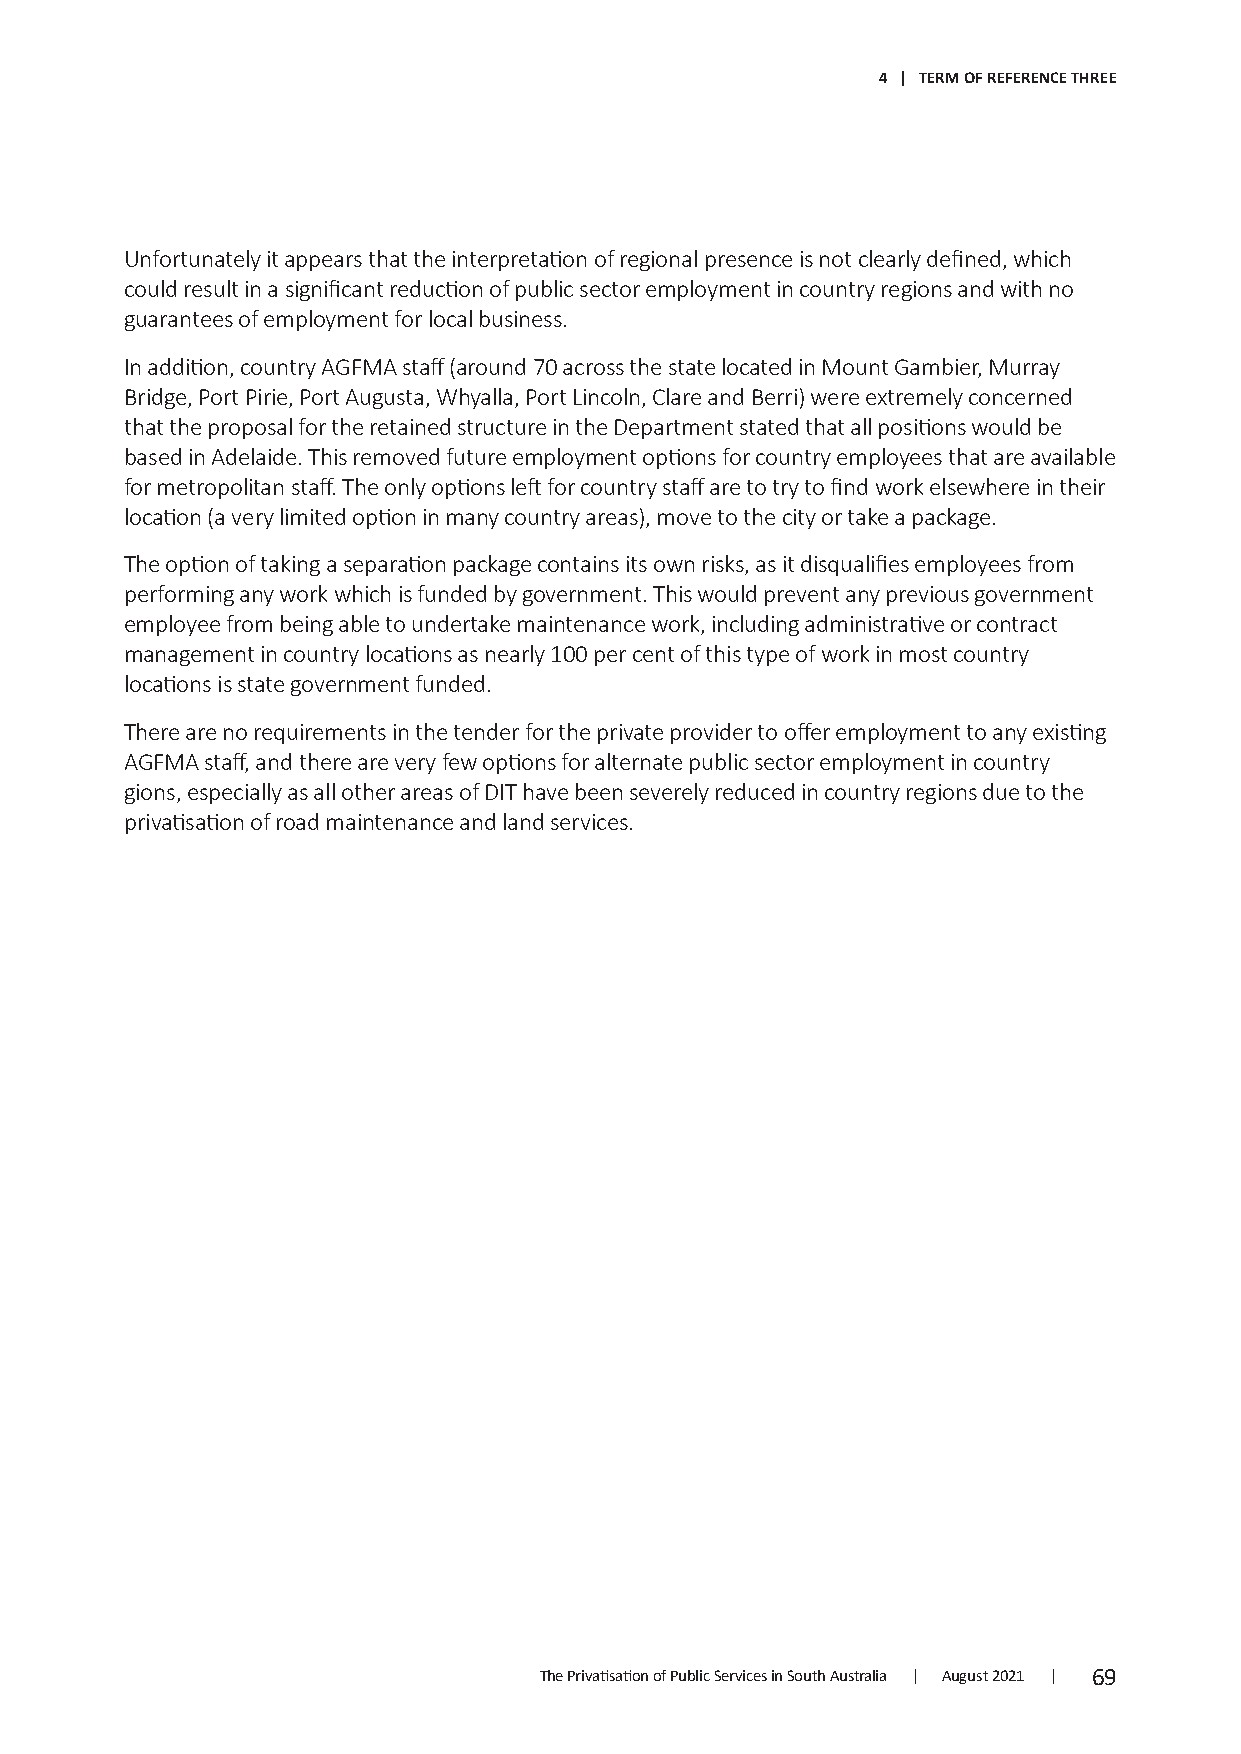
4 | TERM OF REFERENCE THREE
 Unfortunately it appears that the interpretation of regional presence is not clearly defined, which
 could result in a significant reduction of public sector employment in country regions and with no
 guarantees of employment for local business.
 In addition, country AGFMA staff (around 70 across the state located in Mount Gambier, Murray
 Bridge, Port Pirie, Port Augusta, Whyalla, Port Lincoln, Clare and Berri) were extremely concerned
 that the proposal for the retained structure in the Department stated that all positions would be
 based in Adelaide. This removed future employment options for country employees that are available
 for metropolitan staff. The only options left for country staff are to try to find work elsewhere in their
 location (a very limited option in many country areas), move to the city or take a package.
 The option of taking a separation package contains its own risks, as it disqualifies employees from
 performing any work which is funded by government. This would prevent any previous government
 employee from being able to undertake maintenance work, including administrative or contract
 management in country locations as nearly 100 per cent of this type of work in most country
 locations is state government funded.
 There are no requirements in the tender for the private provider to offer employment to any existing
 AGFMA staff, and there are very few options for alternate public sector employment in country
 gions, especially as all other areas of DIT have been severely reduced in country regions due to the
 privatisation of road maintenance and land services.
 The Privatisation of Public Services in South Australia | August 2021 | 69